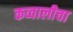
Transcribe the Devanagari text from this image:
कव्वालीचा